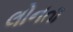
લોનતા